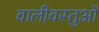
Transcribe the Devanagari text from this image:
वालीवस्तुओं